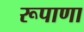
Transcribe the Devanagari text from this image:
रूपाणा